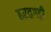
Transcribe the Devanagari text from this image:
हरतगड़ी